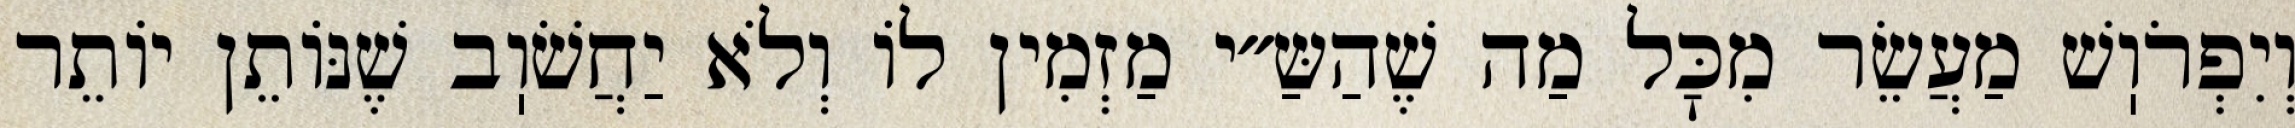
וְיִפְרֹוֽשׁ מַעֲשֵׂר מִכׇּל מַה שֶׁהַשַּ״י מַזְמִין לוֹ וְלֹא יַחֲשֹׁוֽב שֶׁנּוֹתֵן יוֹתֵר